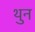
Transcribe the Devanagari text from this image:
थुन